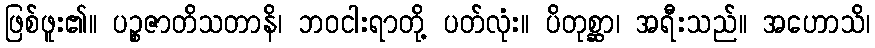
ဖြစ်ဖူး၏။ ပဉ္စဇာတိသတာနိ၊ ဘဝငါးရာတို့ ပတ်လုံး။ ပိတုစ္ဆာ၊ အရီးသည်။ အဟောသိ၊